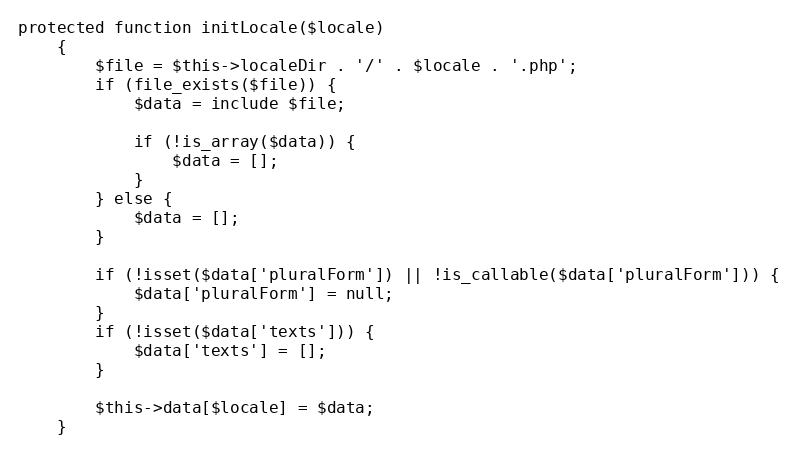
Language: PHP
protected function initLocale($locale)
    {
        $file = $this->localeDir . '/' . $locale . '.php';
        if (file_exists($file)) {
            $data = include $file;

            if (!is_array($data)) {
                $data = [];
            }
        } else {
            $data = [];
        }

        if (!isset($data['pluralForm']) || !is_callable($data['pluralForm'])) {
            $data['pluralForm'] = null;
        }
        if (!isset($data['texts'])) {
            $data['texts'] = [];
        }

        $this->data[$locale] = $data;
    }